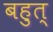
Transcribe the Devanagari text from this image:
बहुत्‌